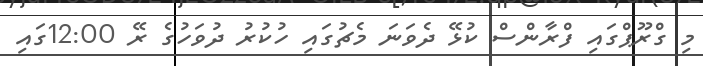
މި ގްރޫޕްގައި ފްރާންސް ކުޅޭ ދެވަނަ މެޗުގައި ހުކުރު ދުވަހުގެ ރޭ 12:00ގައި